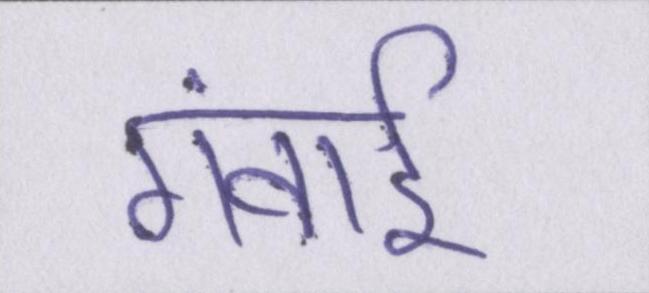
गंवाई